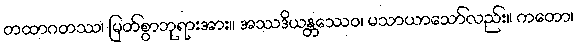
တထာဂတဿ၊ မြတ်စွာဘုရားအား။ အဿဒိယန္တဿေဝ၊ မသာယာသော်လည်း။ ကတော၊